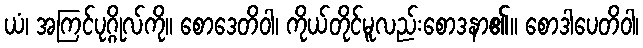
ယံ၊ အကြင်ပုဂ္ဂိုလ်ကို။ စောဒေတိဝါ၊ ကိုယ်တိုင်မူလည်းစောဒနာ၏။ စောဒါပေတိဝါ၊